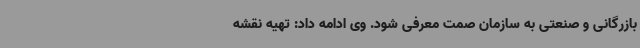
بازرگانی و صنعتی به سازمان صمت معرفی شود. وی ادامه داد: تهیه نقشه